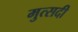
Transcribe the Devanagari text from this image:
मुत्सदी